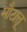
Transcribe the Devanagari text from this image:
मौटात्तू